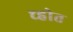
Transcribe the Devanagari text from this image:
च्होत